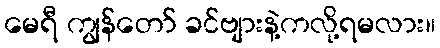
မေရီ ကျွန်တော် ခင်ဗျားနဲ့ကလို့ရမလား။